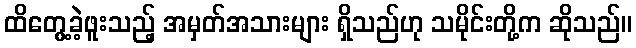
ထိတွေ့ခဲ့ဖူးသည့် အမှတ်အသားများ ရှိသည်ဟု သမိုင်းတို့က ဆိုသည်။